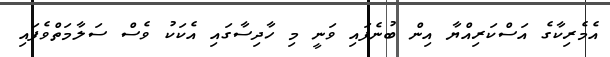
އެމެރިކާގެ އަސްކަރިއްޔާ އިން ބުނެފައި ވަނީ މި ހާދިސާގައި އެކަކު ވެސް ސަލާމަތްވެފައި